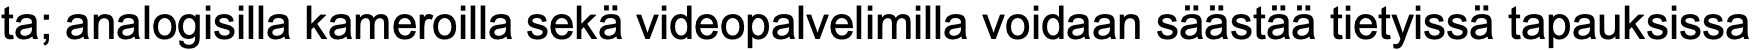
ta; analogisilla kameroilla sekä videopalvelimilla voidaan säästää tietyissä tapauksissa